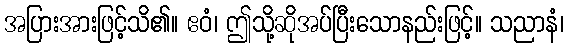
အပြားအားဖြင့်သိ၏။ ဧဝံ၊ ဤသို့ဆိုအပ်ပြီးသောနည်းဖြင့်။ သညာနံ၊